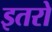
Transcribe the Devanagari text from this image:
इतरो